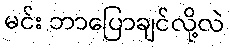
မင်း ဘာပြောချင်လို့လဲ